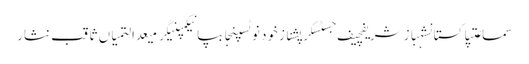
سماعتپاکستانشہباز شریفچیف جسٹسکرپشنازخود نوٹسپنجابپانیکمپنیگرمیعدالتمیاں ثاقب نثار